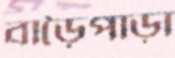
বাড়ৈপাড়া